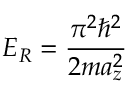
E _ { R } = \frac { \pi ^ { 2 } \hbar ^ { 2 } } { 2 m a _ { z } ^ { 2 } }